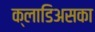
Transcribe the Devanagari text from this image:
क्लाडिअसका